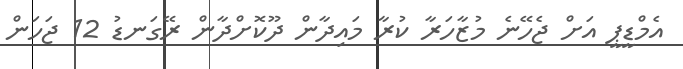
އެމްޑީޕީ އަށް ޖެހޭނެ މުޒާހަރާ ކުރާ މައިދާން ދޫކޮށްދާން ރޭގަނޑު 12 ޖަހަން